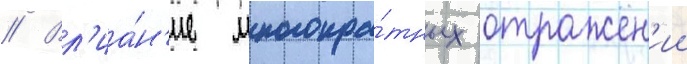
// Вл'иа́н'ие многокра́тных отражен'ии